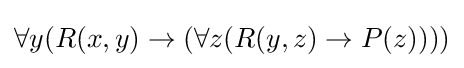
\forall y(R(x,y)\rightarrow (\forall z(R(y,z)\rightarrow P(z))))